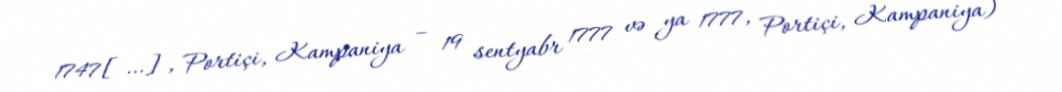
1747[…], Portiçi, Kampaniya – 19 sentyabr 1777 və ya 1777, Portiçi, Kampaniya) –